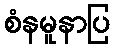
စံနမူနာပြ